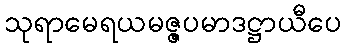
သုရာမေရယမဇ္ဇပမာဒဋ္ဌာယီပေ